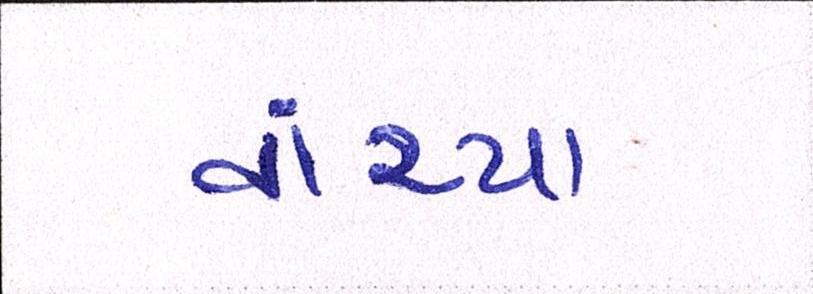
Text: વાંચ્યા